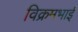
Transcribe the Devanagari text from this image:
विक्रमभाई